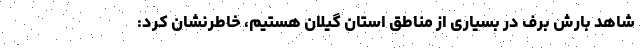
شاهد بارش برف در بسیاری از مناطق استان گیلان هستیم، خاطرنشان کرد: